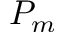
P _ { m }